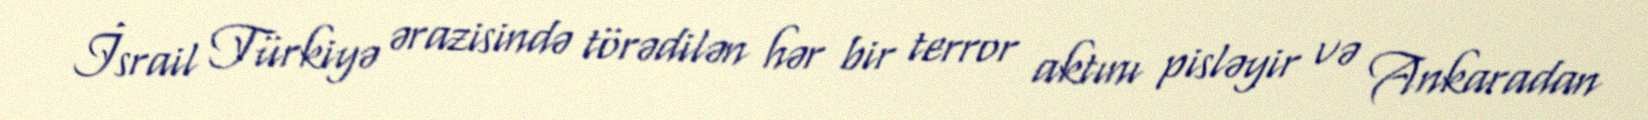
İsrail Türkiyə ərazisində törədilən hər bir terror aktını pisləyir və Ankaradan